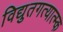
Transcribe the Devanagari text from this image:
विद्युतगत्यात्म्क